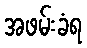
အဖမ်းခံရ